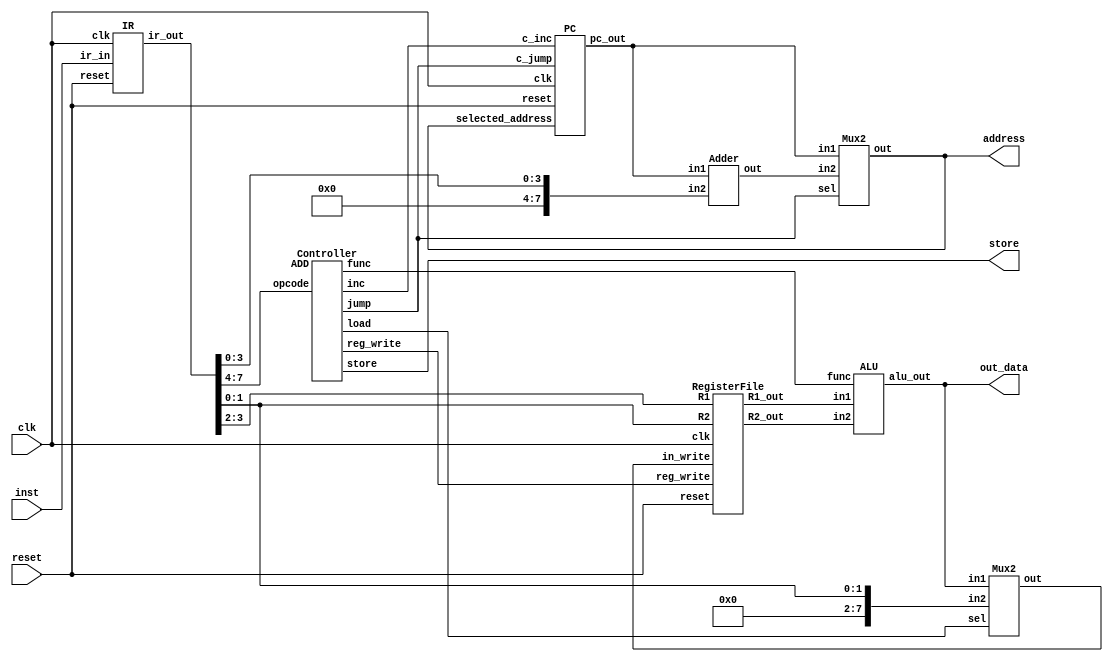
module CPU(
    clk,
    inst,
    reset,
    address,
    out_data,
    store
);
    input clk;
    input reset;
    input [7:0] inst;
    output [7:0] address;
    output [7:0] out_data;
    output store;

    wire [7:0] ir_out;
    IR ir (.clk(clk), .reset(reset), .ir_in(inst), .ir_out(ir_out));

    wire [1:0] c_func;
    wire c_jump;
    wire c_store;
    wire c_inc;
    wire c_load;
    wire c_reg_write;
    wire ADD;
    Controller controller(.opcode(ir_out[7:4]), 
        .func(c_func), .jump(c_jump), .store(c_store), .inc(c_inc), .load(c_load) ,.reg_write(c_reg_write),.ADD(ADD));
    
    wire [7:0] alu_in1;
    wire [7:0] alu_in2;
    wire [7:0] alu_out;
    ALU alu(.func(c_func), .in1(alu_in1), .in2(alu_in2), .alu_out(alu_out));

    wire [7:0] selected_reg_write;
    Mux2 reg_file_selector(.in1(alu_out) ,.in2({6'd0,ir_out[1:0]}), .sel(c_load) ,.out(selected_reg_write));

    wire [7:0] R1_out;
    wire [7:0] R2_out;
    RegisterFile registerfile(.clk(clk), .reset(reset), .reg_write(c_reg_write), .in_write(selected_reg_write), 
        .R1(ir_out[3:2]), .R2(ir_out[1:0]) ,.R1_out(R1_out),.R2_out(R2_out));
    assign alu_in1 = R1_out;
    assign alu_in2 = R2_out;

    wire [7:0] selected_address;
    wire [7:0] pc_out; 
	
    PC pc(clk, c_inc, reset, c_jump,selected_address,pc_out);

    wire [7:0] added_address;
    Adder adder (.in1(pc_out), .in2({4'd0,ir_out[3:0]}), .out(added_address));

    Mux2 address_selector(.in1(pc_out) ,.in2(added_address),.sel(c_jump), .out(selected_address));

    assign out_data = alu_out;
    assign address = selected_address;
    assign store = c_store;
endmodule
//////////////////////////
module Adder(in1,in2,out);
input [7:0] in1;
input [7:0] in2;
output reg [7:0] out;
always@(*)
	begin
	out <= in1 + in2 ;
	end
	
endmodule
/////////////////////////
module Mux2(
in1,
in2,
sel,
out
);
input [7:0] in1;
input [7:0] in2;
input sel;
output reg [7:0] out;
always@ (*) 
	begin
		if(sel == 1)
			out <= in1; 
		else
			out <= in2;
	end
endmodule
/////////////////////////////
module ALU(
func,
in1,
in2,
reset,
alu_out
);
input [1:0] func;
input [7:0] in1;
input [7:0] in2;
input reset;
output reg [7:0] alu_out;

always @(func)
	begin
	if ( reset )
		alu_out <= 0 ;
	else begin
      if(func == 2'b00) begin
	  alu_out <= in1 + in2;
	  end
      if(func == 2'b01) begin 
	  alu_out <= in1 - in2;
	  end
      if(func == 2'b10) begin
	  alu_out <= in1;
	  end
	  if(func ==2'b11) begin
	  alu_out <= 0;
	  end
	end
  end
endmodule
////////////////////////
module IR(	clk,
	reset,
	ir_in,
	ir_out
);
input reset;
input clk;
input [7:0] ir_in;
output reg [7:0] ir_out;

always @(posedge clk) 
		if (reset)
			ir_out <= 0;
		else
			ir_out <= ir_in;
endmodule
///////////////////
module PC(clk, c_inc, reset, c_jump,selected_address,pc_out);

input	clk;
input	reset;
input	c_inc;
output	reg [7:0]	pc_out;
input	[7:0]	selected_address;
input	c_jump;

always @(*)
	begin
		if (reset)
			pc_out <= 8'b0;
		else if (c_inc == 1)
			pc_out <= pc_out + 1;
		else if(c_jump == 1)
			pc_out <= selected_address;
	end
endmodule

//////////////////////////
module RegisterFile(clk,reset,reg_write,in_write,R1_out,R2_out,R1,R2);
input [1:0] R1;
input [1:0] R2;
input clk;
input reset;
input reg_write;
input [7:0]in_write;
output [7:0] R1_out;
output [7:0] R2_out;

reg [7:0] register [0:3];

assign R1_out = register[R1];
assign R2_out = register[R2];

always@(posedge clk)begin
	if (reset == 1) begin
		register[0] <= 0;
		register[1] <= 0;
		register[2] <= 0;
		register[3] <= 0;
	end
	if(reg_write ==1)
	begin
		register[R1] <= in_write;
	end
		
end
endmodule
module Controller (
    opcode,
    func,
    jump,
    store,
    inc,
    load,
    reg_write,
	ADD
);
    input [3:0] opcode;
    output [1:0] func;
    output jump;
    output store;
    output inc;
    output load;
    output reg_write;
	input ADD;
	
    assign func = opcode[1:0];
    assign load = opcode [2];
    assign store = opcode[1] & (~opcode[0]);
    assign jump = opcode[3];
    assign reg_write = opcode[3] | (~(opcode[3])& (~opcode[1]) );
    assign inc = ~opcode[3];
endmodule